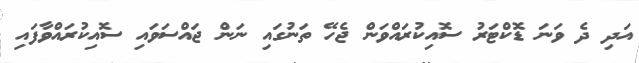
އަދި ދެ ވަނަ ޑޮކްޓަރު ސޮއިކުރައްވަން ޖެހޭ ތަނުގައި ނަން ޖައްސަވައި ސޮއިކުރައްވާފައި